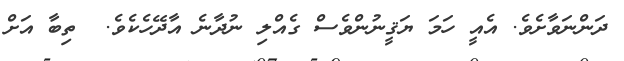
ދަންނަވާށެވެ. އެއީ ހަމަ ޔަޤީނުންވެސް ގެއްލި ނުދާނެ އާދޭހެކެވެ.  ތިބާ އަށް